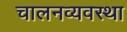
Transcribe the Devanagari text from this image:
चालनव्यवस्था